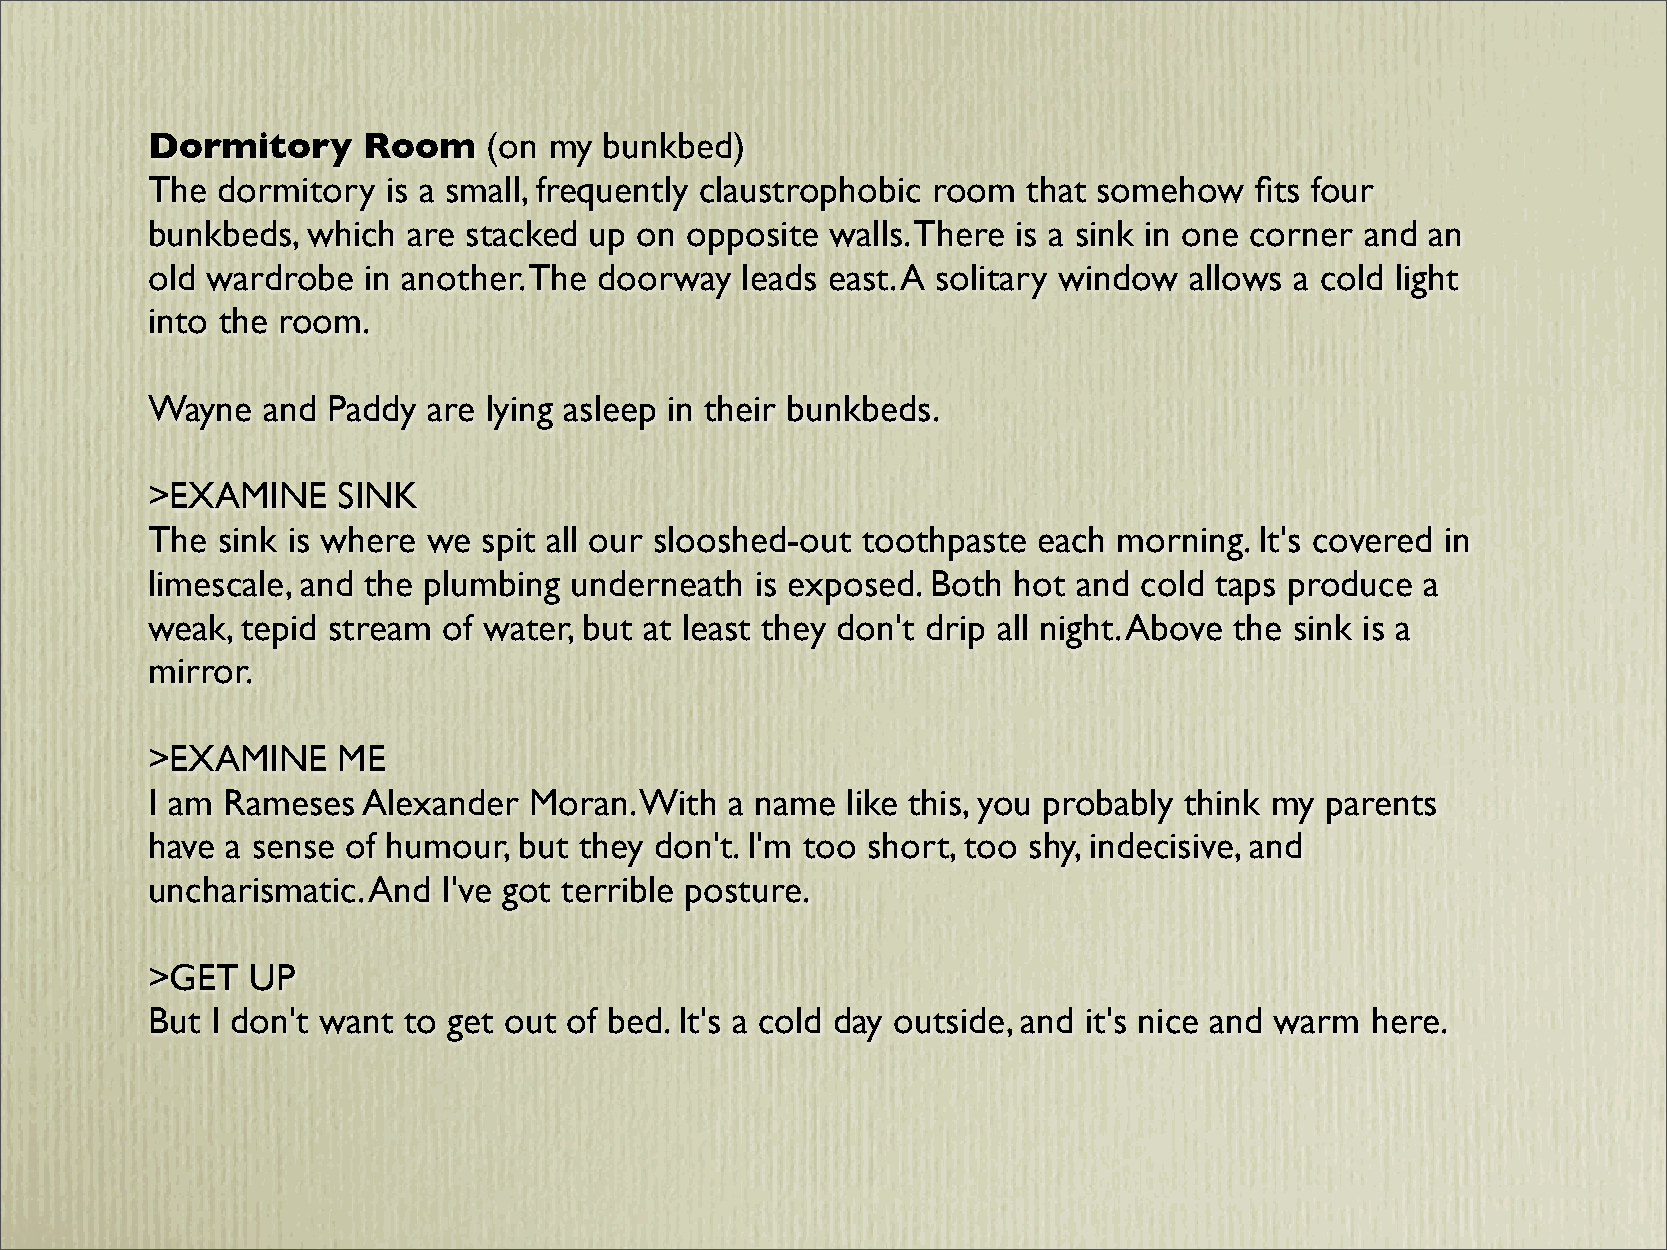
Dormitory     Room    (on my  bunkbed)
 The dormitory   is a small, frequently claustrophobic room that somehow  fits four
 bunkbeds, which  are stacked up on opposite  walls. There is a sink in one corner and an
 old wardrobe  in another. The doorway  leads east. A solitary window allows a cold light
 into the room.
 Wayne  and  Paddy are lying asleep in their bunkbeds.
 >EXAMINE    SINK
 The sink is where we  spit all our slooshed-out toothpaste each morning. It's covered in
 limescale, and the plumbing underneath  is exposed. Both hot and cold taps produce  a
 weak, tepid stream of water, but at least they don't drip all night. Above the sink is a
 mirror.
 >EXAMINE    ME
 I am Rameses  Alexander  Moran. With  a name  like this, you probably think my parents
 have a sense of humour, but they don't. I'm too short, too shy, indecisive, and
 uncharismatic. And I've got terrible posture.
 >GET   UP
 But I don't want to get out of bed. It's a cold day outside, and it's nice and warm here.